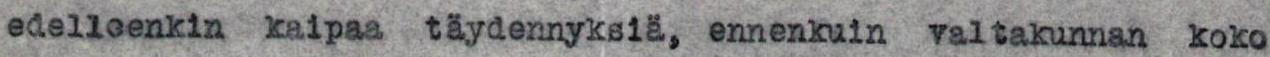
edelleenkin kaipaa täydennyksiä, ennenkuin valtakunnan koko